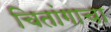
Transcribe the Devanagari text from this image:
चितांगाचा